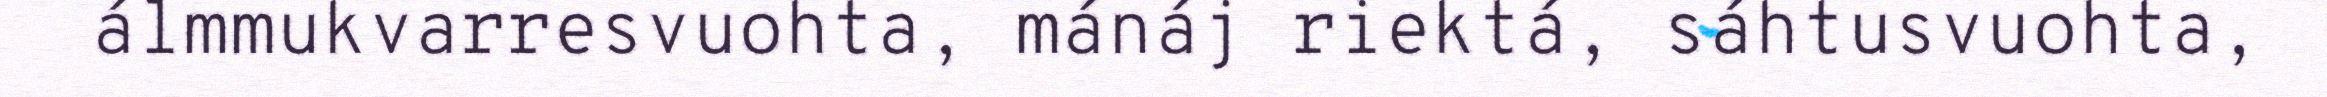
álmmukvarresvuohta, mánáj riektá, sáhtusvuohta,